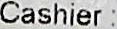
CASHIER :